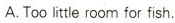
A.Too little room for fish.